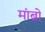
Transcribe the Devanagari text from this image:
मांब्रो